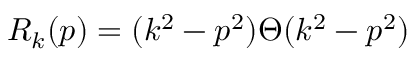
R _ { k } ( p ) = ( k ^ { 2 } - p ^ { 2 } ) \Theta ( k ^ { 2 } - p ^ { 2 } )